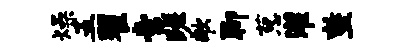
燥五翟啻蹉歌聊葱灌整